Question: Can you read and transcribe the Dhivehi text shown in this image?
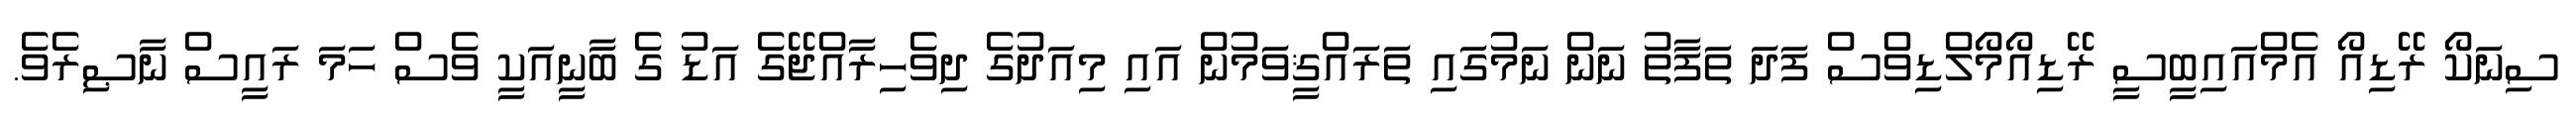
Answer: ސިނަކޯ ރޭޑިއޯ އެމްއައިބީސީ ރޭޑިއޯމޯލްޑިވްސް ފަދަ ތަފާތު ނަން ނަމުގައި ތަރައްޤީވަމުން އައި މިއަދުގެ ދިވެހިރާއްޖޭގެ އަޑު ގެ ބާނީއަކީ ވެސް ހަމަ ރައީސް ނާޞިރެވެ.